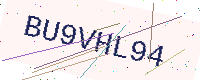
Text: BU9VHL94